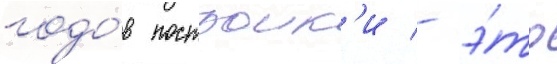
годо́в построик'и - э́то